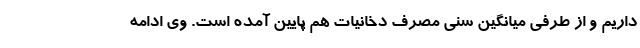
داریم و از طرفی میانگین سنی مصرف دخانیات هم پایین آمده است. وی ادامه